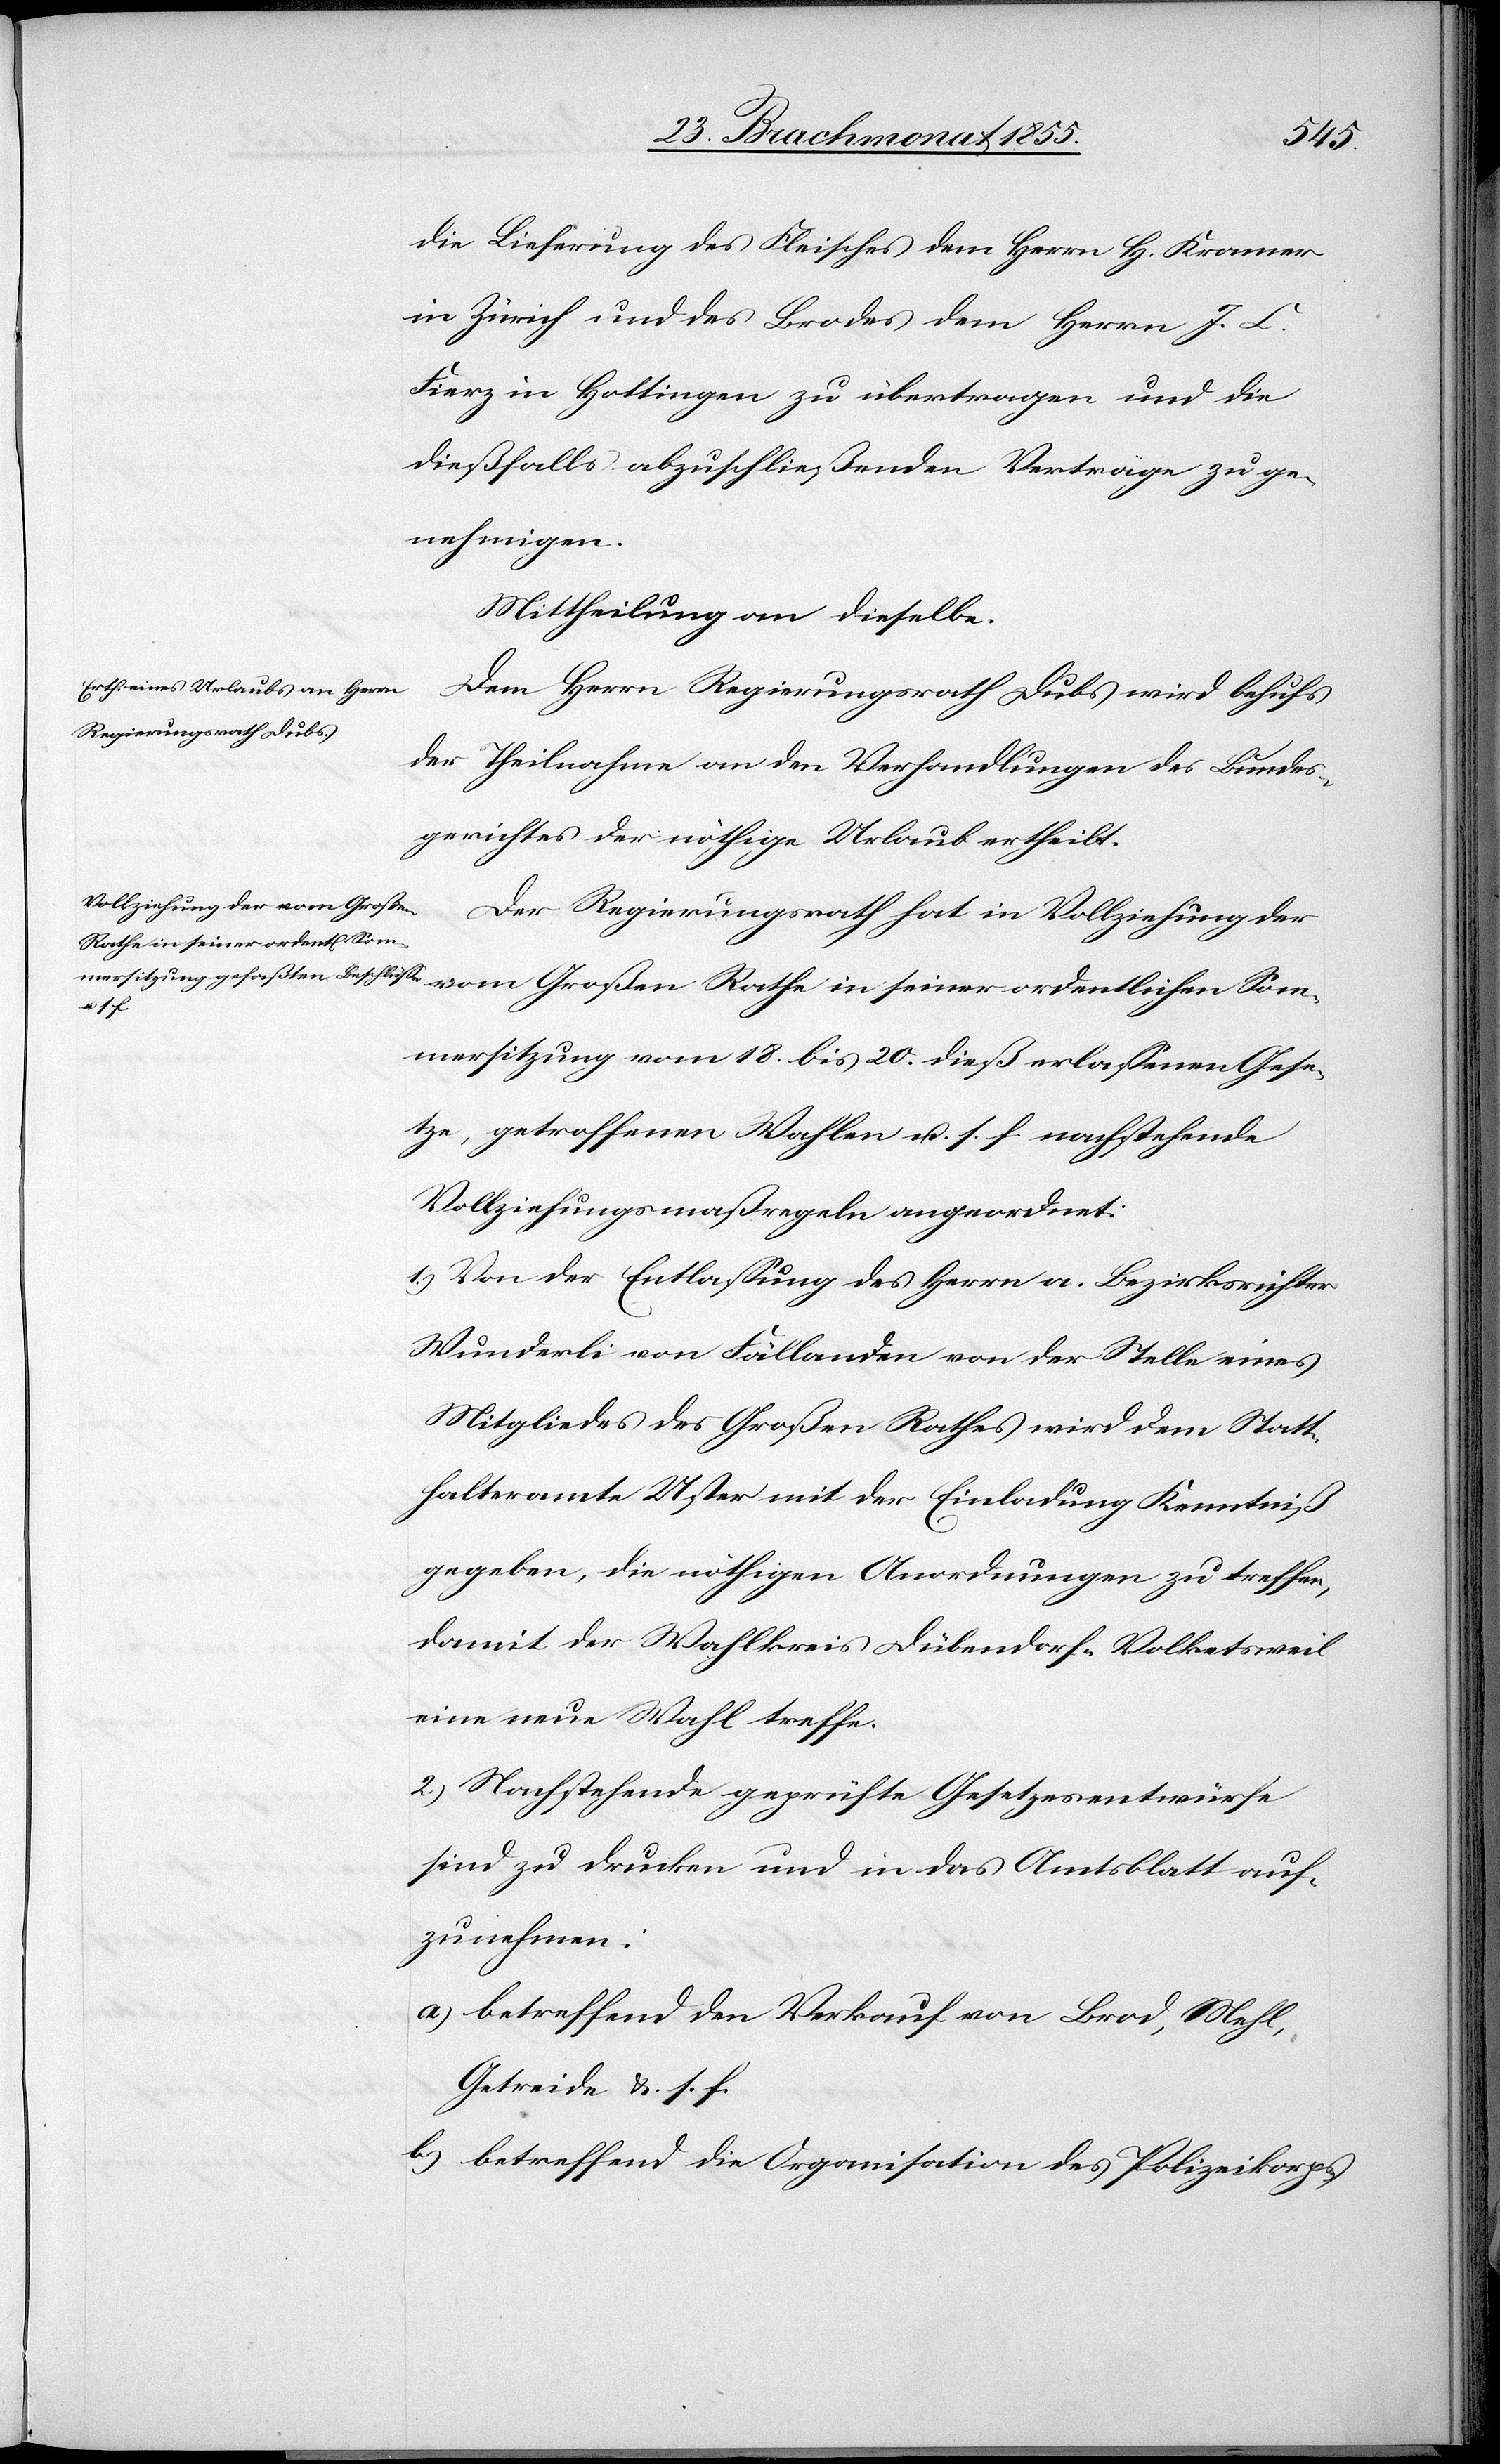
die Lieferung des Fleisches dem Herrn H. Kramer
in Zürich und des Brodes dem Herrn J. C.
Fierz in Hottingen zu übertragen und die
dießfalls abzuschließenden Verträge zu ge¬
nehmigen.
Mittheilung an dieselbe.
Dem Herrn Regierungsrath Dubs wird behufs
der Theilnahme an den Verhandlungen des Bundes¬
gerichtes der nöthige Urlaub ertheilt.
Der Regierungsrath hat in Vollziehung der
Rathe in seiner ordentlichen Som¬
mersitzung vom 18. bis 20. dieß erlassenen Gese¬
tze, getroffenen Wahlen u. s. f. nachstehende
Vollziehungsmaßregeln angeordnet:
1.) Von der Entlassung des Herrn a. Bezirksrichter
Wunderli von Fällanden von der Stelle eines
Mitgliedes des Großen Rathes wird dem Statt¬
halteramte Uster mit der Einladung Kenntniß
gegeben, die nöthigen Anordnungen zu treffen,
damit der Wahlkreis Dübendorf-Volketsweil
eine neue Wahl treffe.
2.) Nachstehende geprüfte Gesetzesentwürfe
sind zu drucken und in das Amtsblatt auf¬
zunehmen:
betreffend den Verkauf von Brod, Mehl,
Getreide &. s. f.
betreffend die Organisation des Polizeikorps;